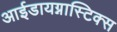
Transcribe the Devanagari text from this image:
आईडायग्नास्टिक्स